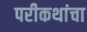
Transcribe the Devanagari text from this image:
परीकथांचा